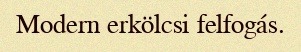
Modern erkölcsi felfogás.